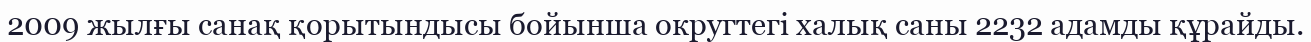
2009 жылғы санақ қорытындысы бойынша округтегі халық саны 2232 адамды құрайды.